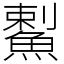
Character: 䱫